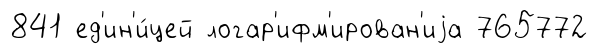
841 ед'ин'и́цей логар'ифм'ирован'иjа 765772